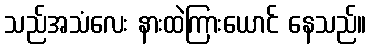
သည်အသံလေး နားထဲကြားယောင် နေသည်။